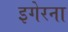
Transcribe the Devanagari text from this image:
इगेरना